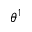
\theta ^ { 1 }